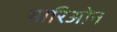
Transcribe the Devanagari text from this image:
मारिओन